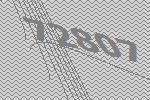
72807